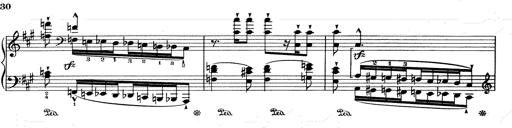
Title: RÃ©miniscences de Don Juan
Composer: Franz Liszt